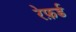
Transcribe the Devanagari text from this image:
रेफ़र्ड